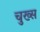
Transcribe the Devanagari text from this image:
चुख्स